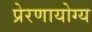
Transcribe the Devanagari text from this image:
प्रेरणायोग्य